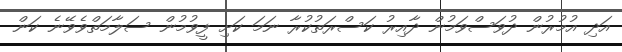
އަދި އުމުރުން ދުވަސްވަމުން ދާއިރު ކަސްރަތުކުރާ ނަމަ ކަށި ފީވުމުން ސަލާމަތްވެވޭނެ ކަން